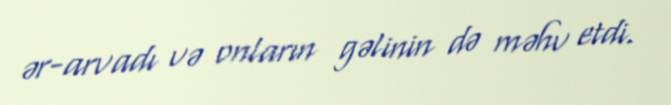
ər-arvadı və onların gəlinin də məhv etdi.